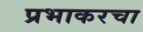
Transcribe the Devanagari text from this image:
प्रभाकरचा